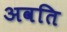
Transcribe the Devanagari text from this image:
अवति